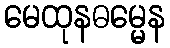
မေထုနဓမ္မေန